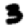
Digit: 3